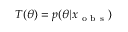
T ( \theta ) = p ( \theta | x _ { \mathrm { ~ o ~ b ~ s ~ } } )